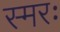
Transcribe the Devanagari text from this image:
स्मरः